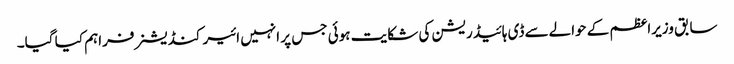
سابق وزیراعظم کے حوالےسے ڈی ہائیڈریشن کی شکایت ہوئی جس پر انہیں ائیر کنڈیشنر فراہم کیا گیا۔